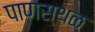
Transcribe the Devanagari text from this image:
पाणस्थळ